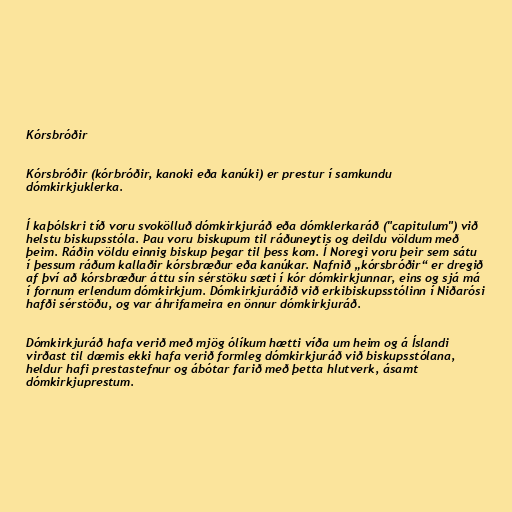
Kórsbróðir

Kórsbróðir (kórbróðir, kanoki eða kanúki) er prestur í samkundu
dómkirkjuklerka.

Í kaþólskri tíð voru svokölluð dómkirkjuráð eða dómklerkaráð ("capitulum") við
helstu biskupsstóla. Þau voru biskupum til ráðuneytis og deildu völdum með
þeim. Ráðin völdu einnig biskup þegar til þess kom. Í Noregi voru þeir sem sátu
í þessum ráðum kallaðir kórsbræður eða kanúkar. Nafnið „kórsbróðir“ er dregið
af því að kórsbræður áttu sín sérstöku sæti í kór dómkirkjunnar, eins og sjá má
í fornum erlendum dómkirkjum. Dómkirkjuráðið við erkibiskupsstólinn í Niðarósi
hafði sérstöðu, og var áhrifameira en önnur dómkirkjuráð.

Dómkirkjuráð hafa verið með mjög ólíkum hætti víða um heim og á Íslandi
virðast til dæmis ekki hafa verið formleg dómkirkjuráð við biskupsstólana,
heldur hafi prestastefnur og ábótar farið með þetta hlutverk, ásamt
dómkirkjuprestum.